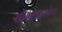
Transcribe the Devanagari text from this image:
सोमवारपेठ